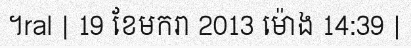
។ral | 19 ខែមករា 2013 ម៉ោង 14:39 |